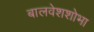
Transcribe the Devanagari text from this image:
बालवेशशोभा